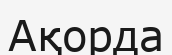
Ақорда